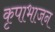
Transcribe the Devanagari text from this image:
कृपाभाजन